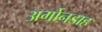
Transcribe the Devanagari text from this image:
अर्गोनडाह